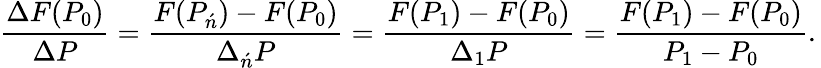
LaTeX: {\frac{\Delta F(P_{0})}{\Delta P}}={\frac{F(P_{\acute{n}})-F(P_{0})}{\Delta_{\acute{n}}P}}={\frac{F(P_{1})-F(P_{0})}{\Delta_{1}P}}={\frac{F(P_{1})-F(P_{0})}{P_{1}-P_{0}}}.\,